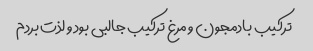
ترکیب بادمجون و مرغ ترکیب جالبی بود و لذت بردم